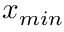
x _ { m i n }